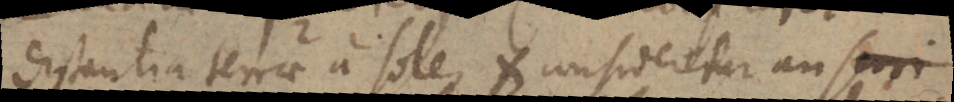
distantia terrae a sole, et consideretur an